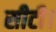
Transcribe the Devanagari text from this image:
सीटी।